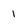
Character: 1